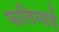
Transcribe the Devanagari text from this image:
फातिमाई